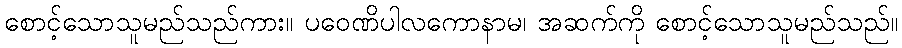
စောင့်သောသူမည်သည်ကား။ ပဝေဏိပါလကောနာမ၊ အဆက်ကို စောင့်သောသူမည်သည်။